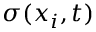
\sigma ( x _ { i } , t )